Vaccination report Assam 1874-1896 - 1874-1896
Year: 1874
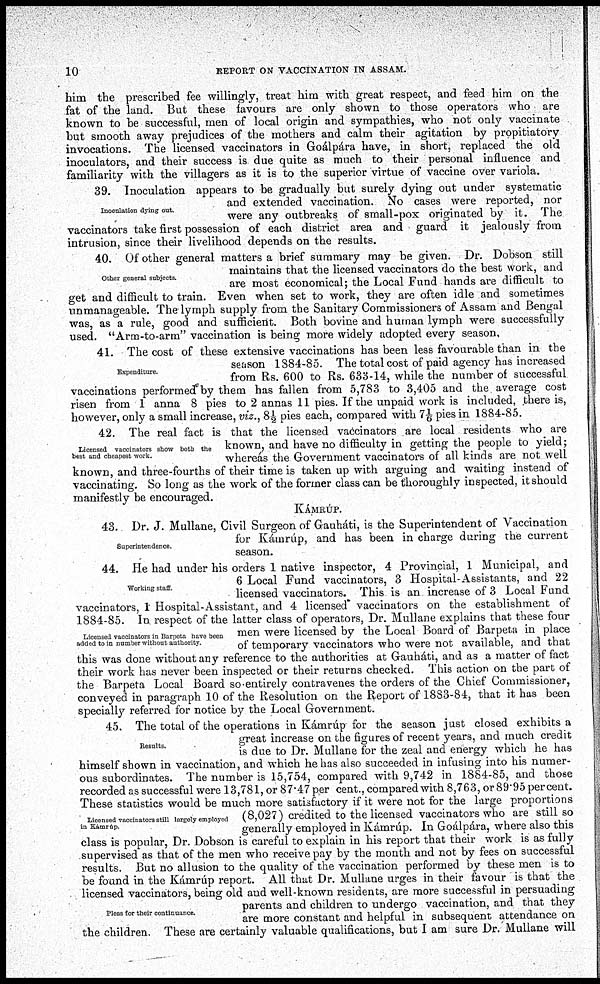
10
REPORT ON VACCINATION IN ASSAM.
him the prescribed fee willingly, treat him with great respect, and feed him on the
fat of the land. But these favours are only shown to those operators who are
known to be successful, men of local origin and sympathies, who not only vaccinate
but smooth away prejudices of the mothers and calm their agitation by propitiatory
invocations. The licensed vaccinators in Goálpára have, in short, replaced the old
inoculators, and their success is- due quite as much to their personal influence and
familiarity with the villagers as it is to the superior virtue of vaccine over variola.
Inoculation dying out.
39. Inoculation appears to be gradually but surely dying out under systematic
and extended vaccination. No cases were reported, nor
were any outbreaks of small-pox originated by it. The
vaccinators take first possession of each district area and guard it jealously from
intrusion, since their livelihood depends on the results.
Other general subjects.
40. Of other general matters a brief summary may be given. Dr. Dobson still
maintains that the licensed vaccinators do the best work, and
are most economical; the Local Fund hands are difficult to
get and difficult to train. Even when set to work, they are often idle and sometimes
unmanageable. The lymph supply from the Sanitary Commissioners of Assam and Bengal
was, as a rule, good and sufficient. Both bovine and human lymph were successfully
used. "Arm-to-arm" vaccination is being more widely adopted every season.
Expenditure.
41. The cost of these extensive vaccinations has been less favourable than in the
season 1884-85. The total cost of paid agency has increased
from Rs. 600 to Rs. 633-14, while the number of successful
vaccinations performed by them has fallen from 5,783 to 3,405 and the average cost
risen from 1 anna 8 pies to 2 annas 11 pies. If the unpaid work is included, there is,
however, only a small increase, viz.. 8½ pies each, compared with 7 1/6 pies in 1884-85.
Licensed vaccinators show both the
best and cheapest work.
42. The real fact is that the licensed vaccinators are local residents who are
known, and have no difficulty in getting the people to yield;
whereas the Government vaccinators of all kinds are not well
known, and three-fourths of their time is taken up with arguing and waiting instead of
vaccinating. So long as the work of the former class can be thoroughly inspected, it should
manifestly be encouraged.
KÁMRÚP.
Superintendence.
43. Dr. J. Mullane, Civil Surgeon of Gauháti, is the Superintendent of Vaccination
for Kámrúp, and has been in charge during the current
season.
Working staff
Licensed vaccinators in Barpeta have been
added to in number without authority.
44. He had under his orders 1 native inspector, 4 Provincial, 1 Municipal, and
6 Local Fund vaccinators, 3 Hospital-Assistants, and 22
licensed vaccinators. This is an increase of 3 Local Fund
vaccinators, 1 Hospital-Assistant, and 4 licensed vaccinators on the establishment of
1884-85. In respect of the latter class of operators, Dr. Mullane explains that these four
men were licensed by the Local Board of Barpeta in place
of temporary vaccinators who were not available, and that
this was done without any reference to the authorities at Gauháti, and as a matter of fact
their work has never been inspected or their returns checked. This action on the part of
the Barpeta Local Board so entirely contravenes the orders of the Chief Commissioner,
conveyed in paragraph 10 of the Resolution on the Report of 1883-84, that it has been
specially referred for notice by the Local Government.
Results.
Licensed vaccinators still largely employed
in Kámrúp.
Pleas for their continuance.
45. The total of the operations in Kámrúp for the season just closed exhibits a
great increase on the figures of recent years, and much credit
is due to Dr. Mullane for the zeal and energy which he has
himself shown in vaccination, and which he has also succeeded in infusing into his numer-
ous subordinates. The number is 15,754, compared with 9,742 in 1884-85, and those
recorded as successful were 13,781, or 87.47 per cent., compared with 8,763, or 89.95 percent.
These statistics would be much more satisfactory if it were not for the large proportions
(8,027) credited to the licensed vaccinators who are still so
generally employed in Kámrúp. In Goálpára, where also this
class is popular, Dr. Dobson is careful to explain in his report that their work is as fully
supervised as that of the men who receive pay by the month and not by fees on successful
results. But no allusion to the quality of the vaccination performed by these men is to
be found in the Kámrúp report. All that Dr. Mullane urges in their favour is that the
licensed vaccinators, being old and well-known residents, are more successful in persuading
parents and children to undergo vaccination, and that they
are more constant and helpful in subsequent attendance on
the children. These are certainly valuable qualifications, but I am sure Dr. Mullane will